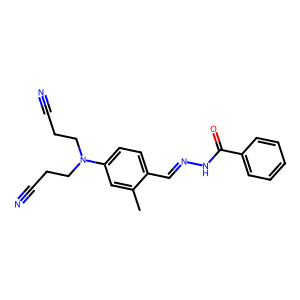
SMILES: Cc1cc(N(CCC#N)CCC#N)ccc1C=NNC(=O)c1ccccc1
Inhibits HIV replication: No